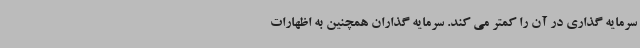
سرمایه گذاری در آن را کمتر می کند. سرمایه گذاران همچنین به اظهارات